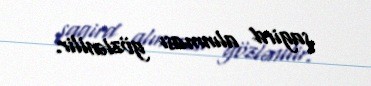
şagird alınması gözlənilir.